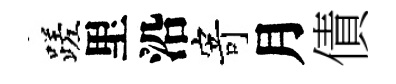
蹉里沿寄月債